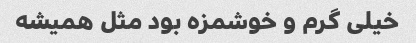
خیلی گرم و خوشمزه بود مثل همیشه